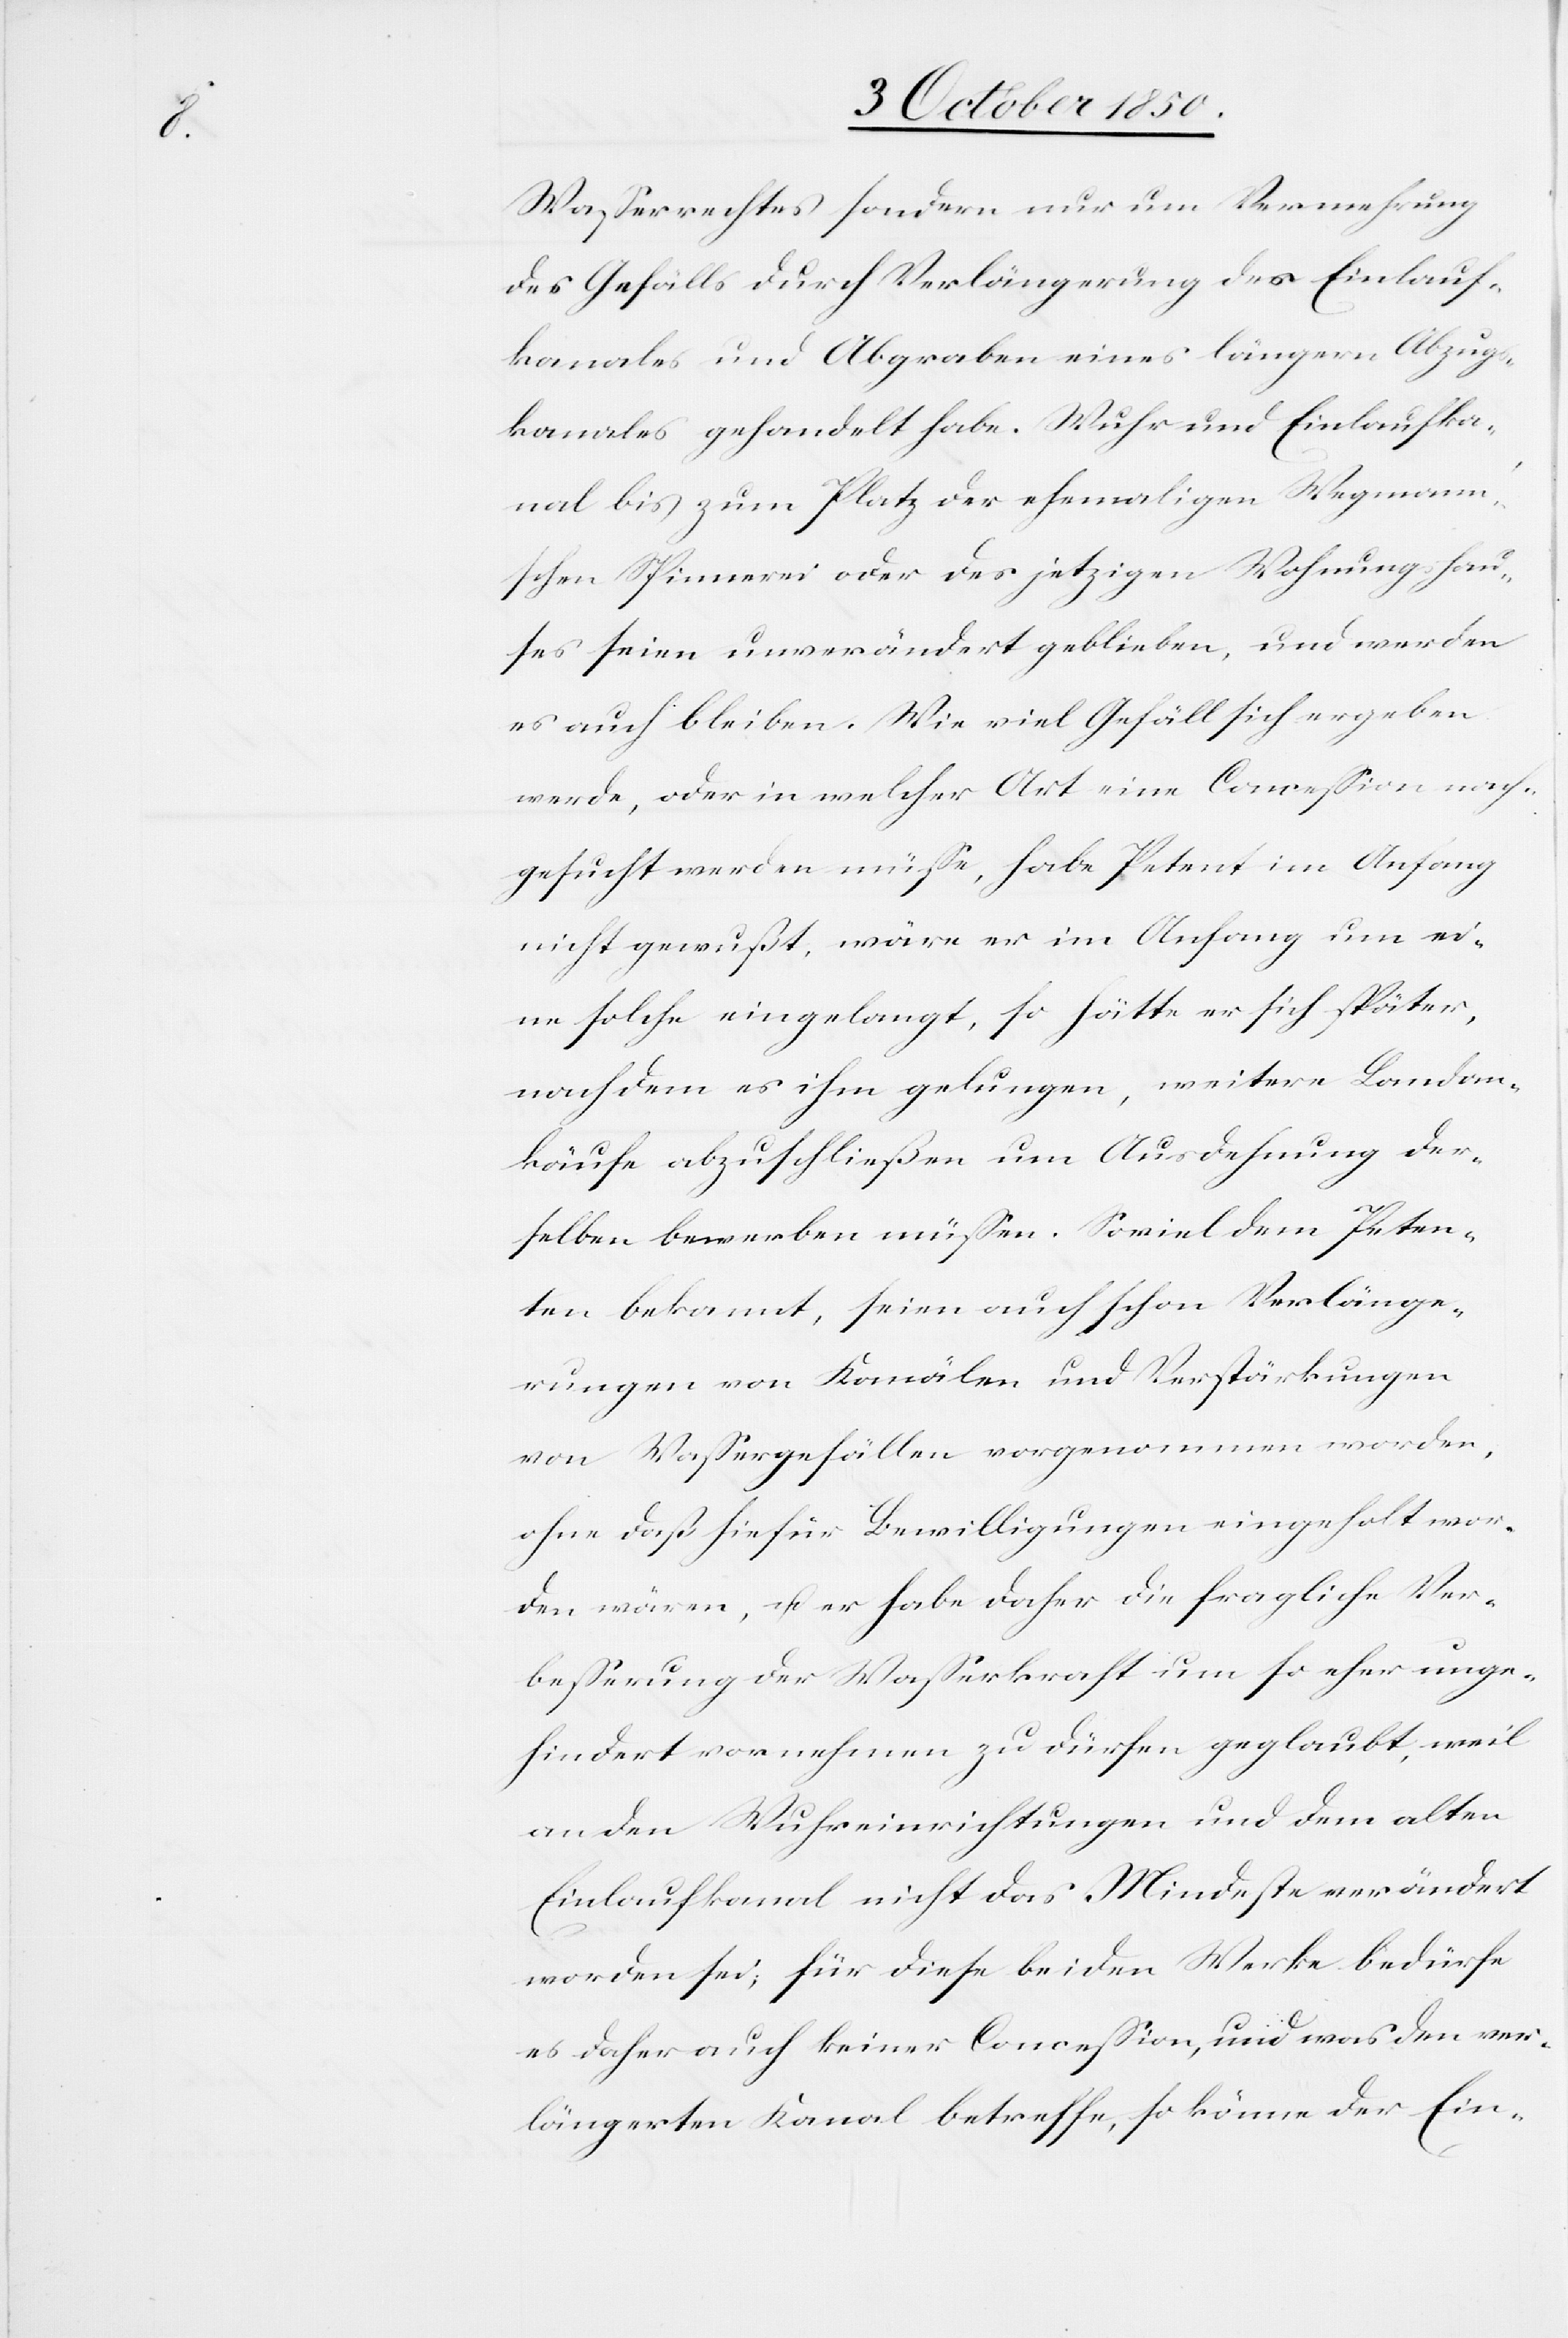
Wasserrechtes sondern nur um Vermehrung
des Gefälls durch Verlängerung des Einlauf¬
kanales und Abgraben eines längern Abzugs¬
kanales gehandelt habe. Wuhr und Einlaufka¬
nal bis zum Platz der ehemaligen Wegman¬
n’schen Spinnerei oder des jetzigen Wohnungshau¬
ses seien unverändert geblieben, und werden
es auch bleiben. Wie viel Gefäll sich ergeben
werde, oder in welcher Art eine Concession nach¬
gesucht werden müsse, habe Petent im Anfang
nicht gewußt, wäre er im Anfang um ei¬
ne solche eingelangt, so hätte er sich später,
nachdem es ihm gelungen, weitere Landan¬
käufe abzuschließen um Ausdehnung der¬
selben bewerben müssen. Soviel dem Peten¬
ten bekannt, seien auch schon Verlänge¬
rungen von Kanälen und Verstärkungen
von Wassergefällen vorgenommen worden,
ohne daß hiefür Bewilligungen eingeholt wor¬
den wären, u. er habe daher die fragliche Ver¬
besserung der Wasserkraft um so eher unge¬
hindert vornehmen zu dürfen geglaubt, weil
an den Wuhreinrichtungen und dem alten
Einlaufkanal nicht das Mindeste verändert
worden sei, für diese beiden Werke bedürfe
es daher auch keiner Concession, und was den ver¬
längerten Kanal betreffe, so könne der Ein-